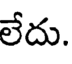
లేదు.